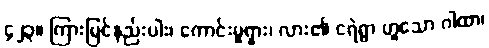
၄၂၃။ ကြားမြင်နည်းပါး၊ ကောင်းမှုရှား၊ လား၏ ငရဲရွာ ဟူူသော ဂါထာ၊